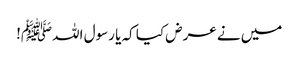
میں نے عرض کیا کہ یا رسول اللہﷺ!